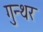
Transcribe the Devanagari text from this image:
गुन्थर